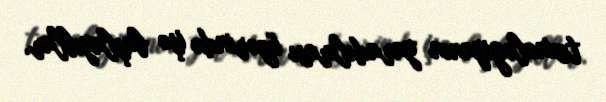
texnologiyanın yaradılması üzərində işə başlayıblar.